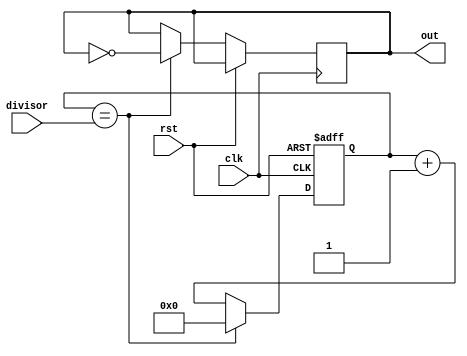
module johnson_counter_clock_divider (
    input wire clk,
    input wire rst,
    input wire [7:0] divisor,
    output reg out
);

reg [7:0] counter;

always @(posedge clk or posedge rst) begin
    if (rst) begin
        counter <= 8'b00000000;
    end else begin
        if (counter == divisor) begin
            counter <= 8'b00000000;
            out <= ~out;
        end else begin
            counter <= counter + 1;
        end
    end
end

endmodule